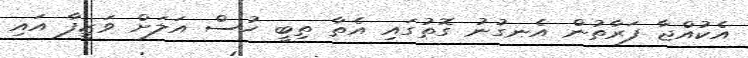
އެކުއްޖާ ފަރާތުން އެނގުނު ގޮތުގައި އެތާ ތިބީ ހުސް އަލަށް ވަޒީފާ އައި